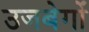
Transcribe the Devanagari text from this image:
उजबेगों